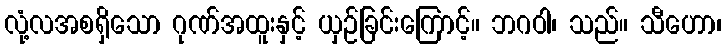
လုံ့လအစရှိသော ဂုဏ်အထူးနှင့် ယှဉ်ခြင်းကြောင့်။ ဘဂဝါ၊ သည်။ သီဟော၊